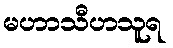
မဟာသီဟသူရ